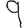
Digit: 9